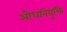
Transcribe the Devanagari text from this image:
औधनियुक्ति